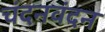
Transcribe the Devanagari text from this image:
चंदनवंदन